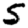
Digit: 5